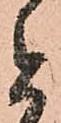
と